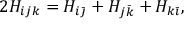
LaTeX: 2 H _ { i j k } = H _ { i \bar { \jmath } } + H _ { j \bar { k } } + H _ { k \bar { \imath } } ,